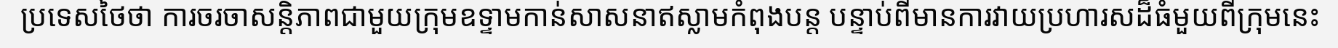
ប្រទេសថៃថា ការចរចាសន្តិភាពជាមួយក្រុមឧទ្ទាមកាន់សាសនាឥស្លាមកំពុងបន្ត បន្ទាប់ពីមានការវាយប្រហារសដ៏ធំមួយពីក្រុមនេះ